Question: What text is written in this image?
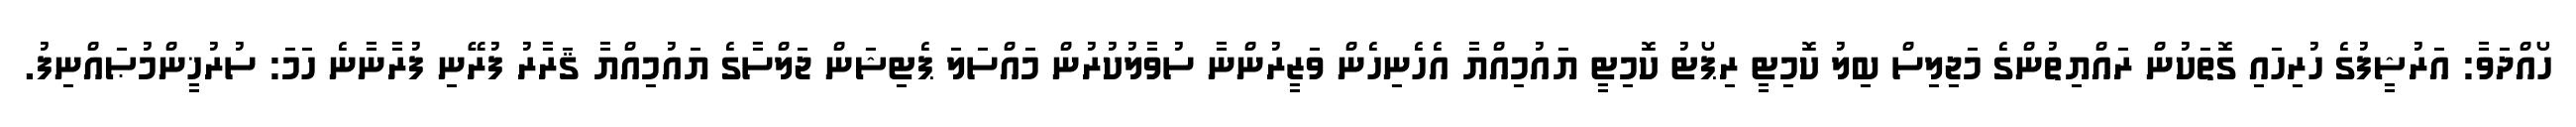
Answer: ހޯއްދަވާ: އަރުޝީފުގެ ހުރިހައި ގޮތަކުން ރައްޔިތުންގެ މަޖިލިސް ބިލު ކޮމިޓީ ރިޕޯޓު ކޮމިޓީ ޔައުމިއްޔާ އެހެނިހެން ވަޒީރުންނާ ސުވާލުކުރުން މައްސަލަ ޕެޓިޝަން ޖަލްސާގެ ޔައުމިއްޔާ ޤަރާރު ފުރޭނި ފުރާނާނެ ހަމަ: ސުރުޚީންމުޞައްނިފު.